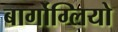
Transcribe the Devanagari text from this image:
बार्गोग्लियो